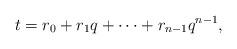
LaTeX: \begin{align*}t=r_0+r_1q+\cdots +r_{n-1}q^{n-1},\end{align*}